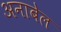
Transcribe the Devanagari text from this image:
अनाबेल